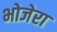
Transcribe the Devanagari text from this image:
भोजेरा